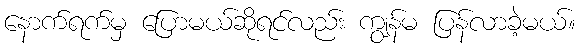
နောက်ရက်မှ ပြောမယ်ဆိုရင်လည်း ကျွန်မ ပြန်လာခဲ့မယ်။